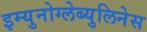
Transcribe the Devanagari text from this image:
इम्युनोग्लेब्युलिनेस